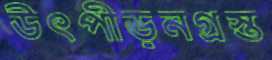
উৎপীড়নগ্রস্ত